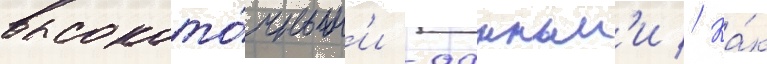
высокото́чным'и -данным'и // Ка́к